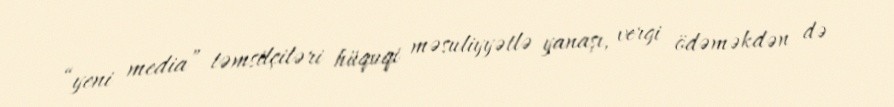
“yeni media” təmsilçiləri hüquqi məsuliyyətlə yanaşı, vergi ödəməkdən də